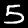
Label: 5